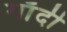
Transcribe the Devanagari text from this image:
गाँदी